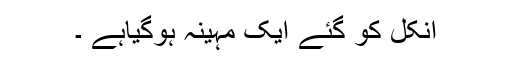
انکل کو گئے ایک مہینہ ہوگیاہے ۔